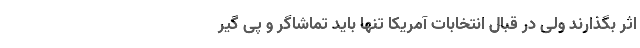
اثر بگذارند ولی در قبال انتخابات آمریکا تنها باید تماشاگر و پی گیر